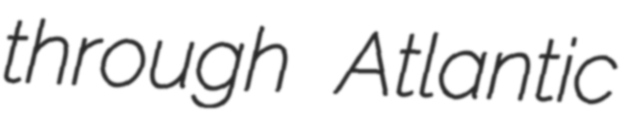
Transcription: through Atlantic